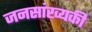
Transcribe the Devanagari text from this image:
जनसांख्यकी